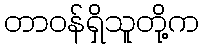
တာဝန်ရှိသူတို့က